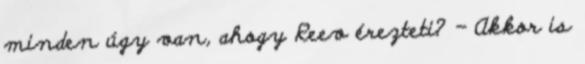
minden úgy van, ahogy Reev érezteti? - Akkor is